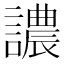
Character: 譨